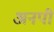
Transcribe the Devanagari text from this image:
अनपी